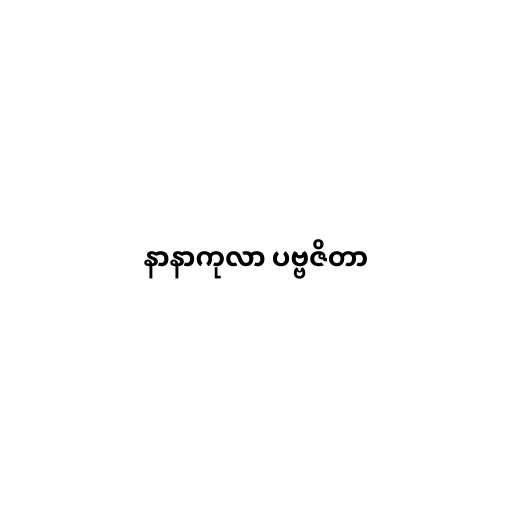
နာနာကုလာ ပဗ္ဗဇိတာ